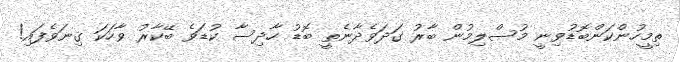
ތިމީހުންކަންބޮޑުވިނީ މުސްލިމުން ބާރު ގަދަވެދާނެތީ ބޮޑު ހާދިސާ ކުޑަވެ ބޭކާރު ވާހަކަ ގިނަވެފައި!